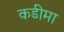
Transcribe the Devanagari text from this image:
कडीमा